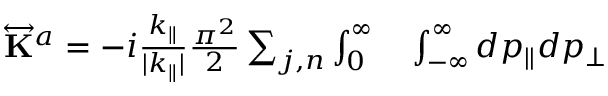
\begin{array} { r l } { \overleftrightarrow { \mathbf { K } } ^ { a } = - i \frac { k _ { \parallel } } { | k _ { \parallel } | } \frac { \pi ^ { 2 } } { 2 } \sum _ { j , n } \int \displaylimits _ { 0 } ^ { \infty } } & { { } \int \displaylimits _ { - \infty } ^ { \infty } d p _ { \parallel } d p _ { \perp } } \end{array}